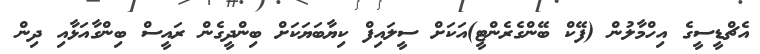
އެޗްޑީސީގެ އިހްމާލުން (ފޭކް ބޭންގެރެންޓީ)އަކަށް ސީލައިފް ކިޔާބަޔަކަށް ބިންދީގެން ރައީސް ބިންގާއަޅާއި ދިން